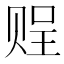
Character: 𧹓